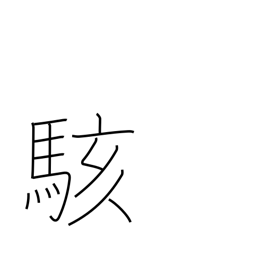
Meaning: be surprised